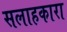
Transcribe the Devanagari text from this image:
सलाहकारा